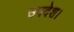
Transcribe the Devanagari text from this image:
उपदेश।